Civil Veterinary Dept. Bombay admin report 1914-1922 - 1914-1922
Year: 1914
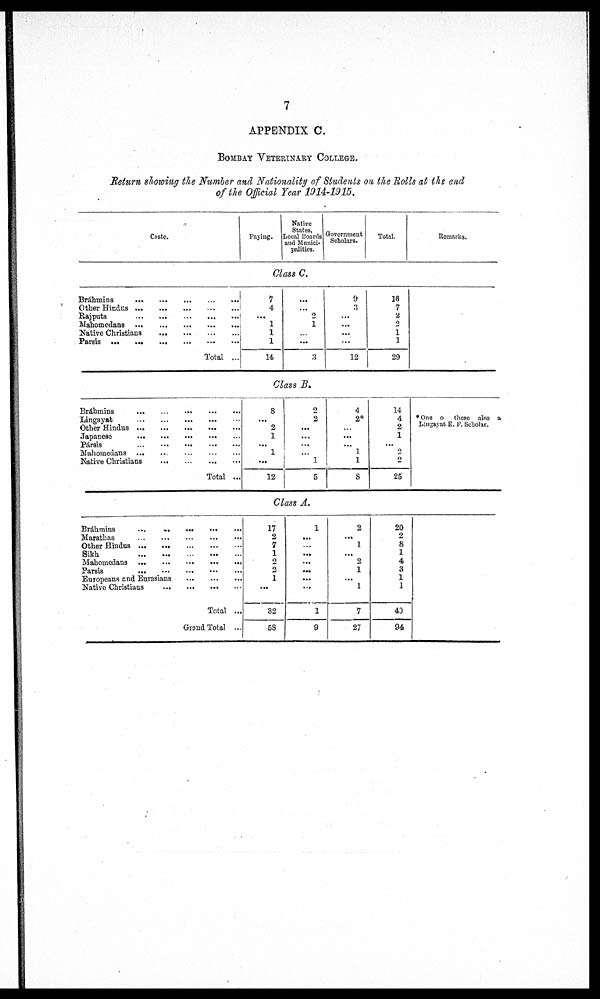
7
APPENDIX C.
BOMBAY VETERINARY COLLEGE.
Return showing the Number and Nationality of Students on the Rolls at the end
of the Official Year 1914-1915.
Caste.
Paying.
Native
States,
Local Boards
and Munici-
palities.
Government
Scholars.
Total.
Remarks.
Class C.
Bráhmins
...
...
...
...
...
Other Hindus
...
...
...
...
...
Rajputs
...
...
...
...
...
Mahomedans
...
...
...
...
...
Native Christians
...
...
...
...
Parsis
...
...
...
...
...
...
Total ...
7
4
...
1
1
1
14
...
...
2
1
...
...
3
9
3
...
...
...
...
12
16
7
2
2
1
1
29
Class B.
Bráhmins
...
...
...
...
...
Lingayat
...
...
...
...
...
Other Hindus
...
...
...
...
...
Japanese
...
...
...
...
...
Pársis
...
...
...
...
...
Mahomedans
...
...
...
...
...
Native Christians
...
...
...
...
Total ...
8
...
2
1
...
1
...
12
2
2
...
...
...
1
5
4
2*
...
...
...
1
1
8
14
4
2
1
...
2
2
25
* One o these also a
Lingayat E. F. Scholar.
Class A.
Bráhmins
...
...
...
...
...
Marathas
...
...
...
...
...
Other Hindus
...
...
...
...
...
Sikh
...
...
...
...
...
Mahomedans
...
...
...
...
...
Parsis
...
...
...
...
...
...
Europeans and Eurasians ... ... ... ... ... ...
Native Christians ... ... ... ... ...
Total ...
Grand Total ...
17
2
7
1
2
2
1
...
32
58
1
...
...
...
...
...
...
....
1
9
2
...
1
...
2
1
...
1
7
27
20
2
8
1
4
3
1
1
40
94